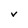
Character: V